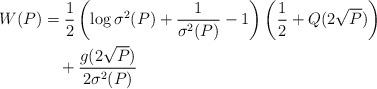
LaTeX: \begin{align*} W(P) &= \frac{1}{2}\left(\log\sigma^{2}(P)+\frac{1}{\sigma^{2}(P)}-1\right)\left(\frac{1}{2}+Q(2\sqrt{P})\right)\\ &\ \ \ +\frac{g(2\sqrt{P})}{2\sigma^{2}(P)}\end{align*}